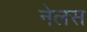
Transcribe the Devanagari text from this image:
नेलस